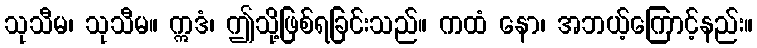
သုသီမ၊ သုသီမ။ ဣဒံ၊ ဤသို့ဖြစ်ရခြင်းသည်။ ကထံ နော၊ အဘယ့်ကြောင့်နည်း။